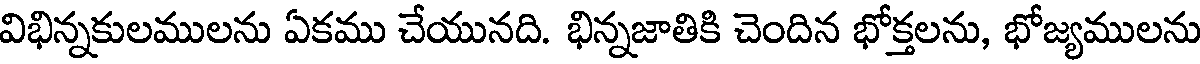
విభిన్నకులములను ఏకము చేయునది. భిన్నజాతికి చెందిన భోక్తలను, భోజ్యములను